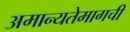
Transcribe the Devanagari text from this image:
अमान्यतेमागची